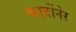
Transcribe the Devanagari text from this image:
कार्दोनेर